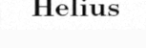
Helius